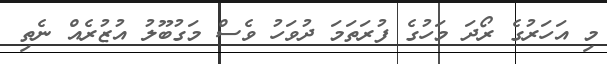
މި އަހަރުގެ ރޯދަ މަހުގެ ފުރަތަމަ ދުވަހު ވެސް މަގުބޫލު އުޒުރެއް ނެތި